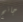
جانج